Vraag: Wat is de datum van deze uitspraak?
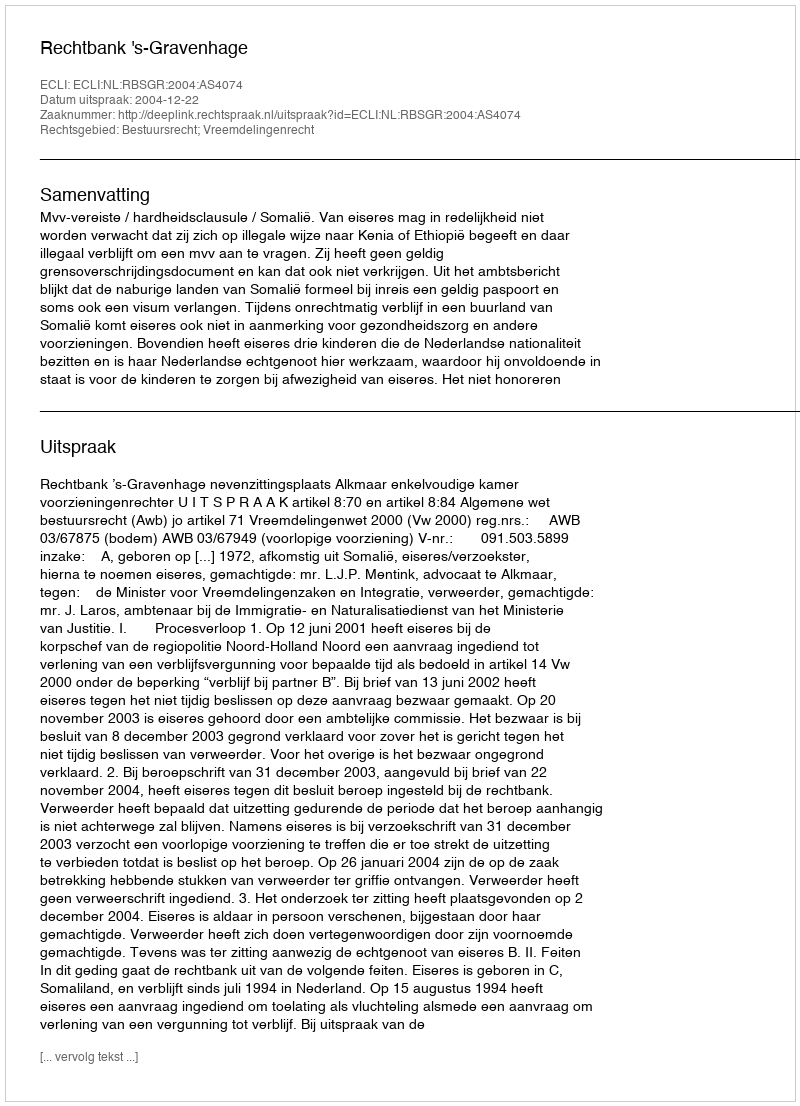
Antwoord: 2004-12-22